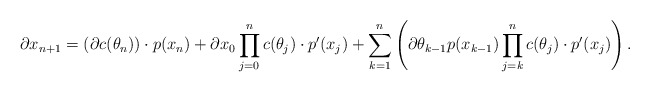
\begin{align*}\partial x_{n+1} = \left( \partial c(\theta_n) \right) \cdot p(x_n) + \partial x_0 \prod \limits_{j = 0}^n c(\theta_j) \cdot p'(x_j)+ \sum \limits_{k = 1}^n \left( \partial \theta_{k-1} p(x_{k-1}) \prod \limits_{j = k}^n c(\theta_j) \cdot p'(x_j) \right).\end{align*}